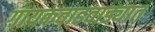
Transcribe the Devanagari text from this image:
गायकवाडवाड्यात